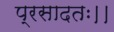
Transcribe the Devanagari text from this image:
प्रसादतः।।